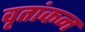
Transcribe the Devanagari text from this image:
वृतांकन